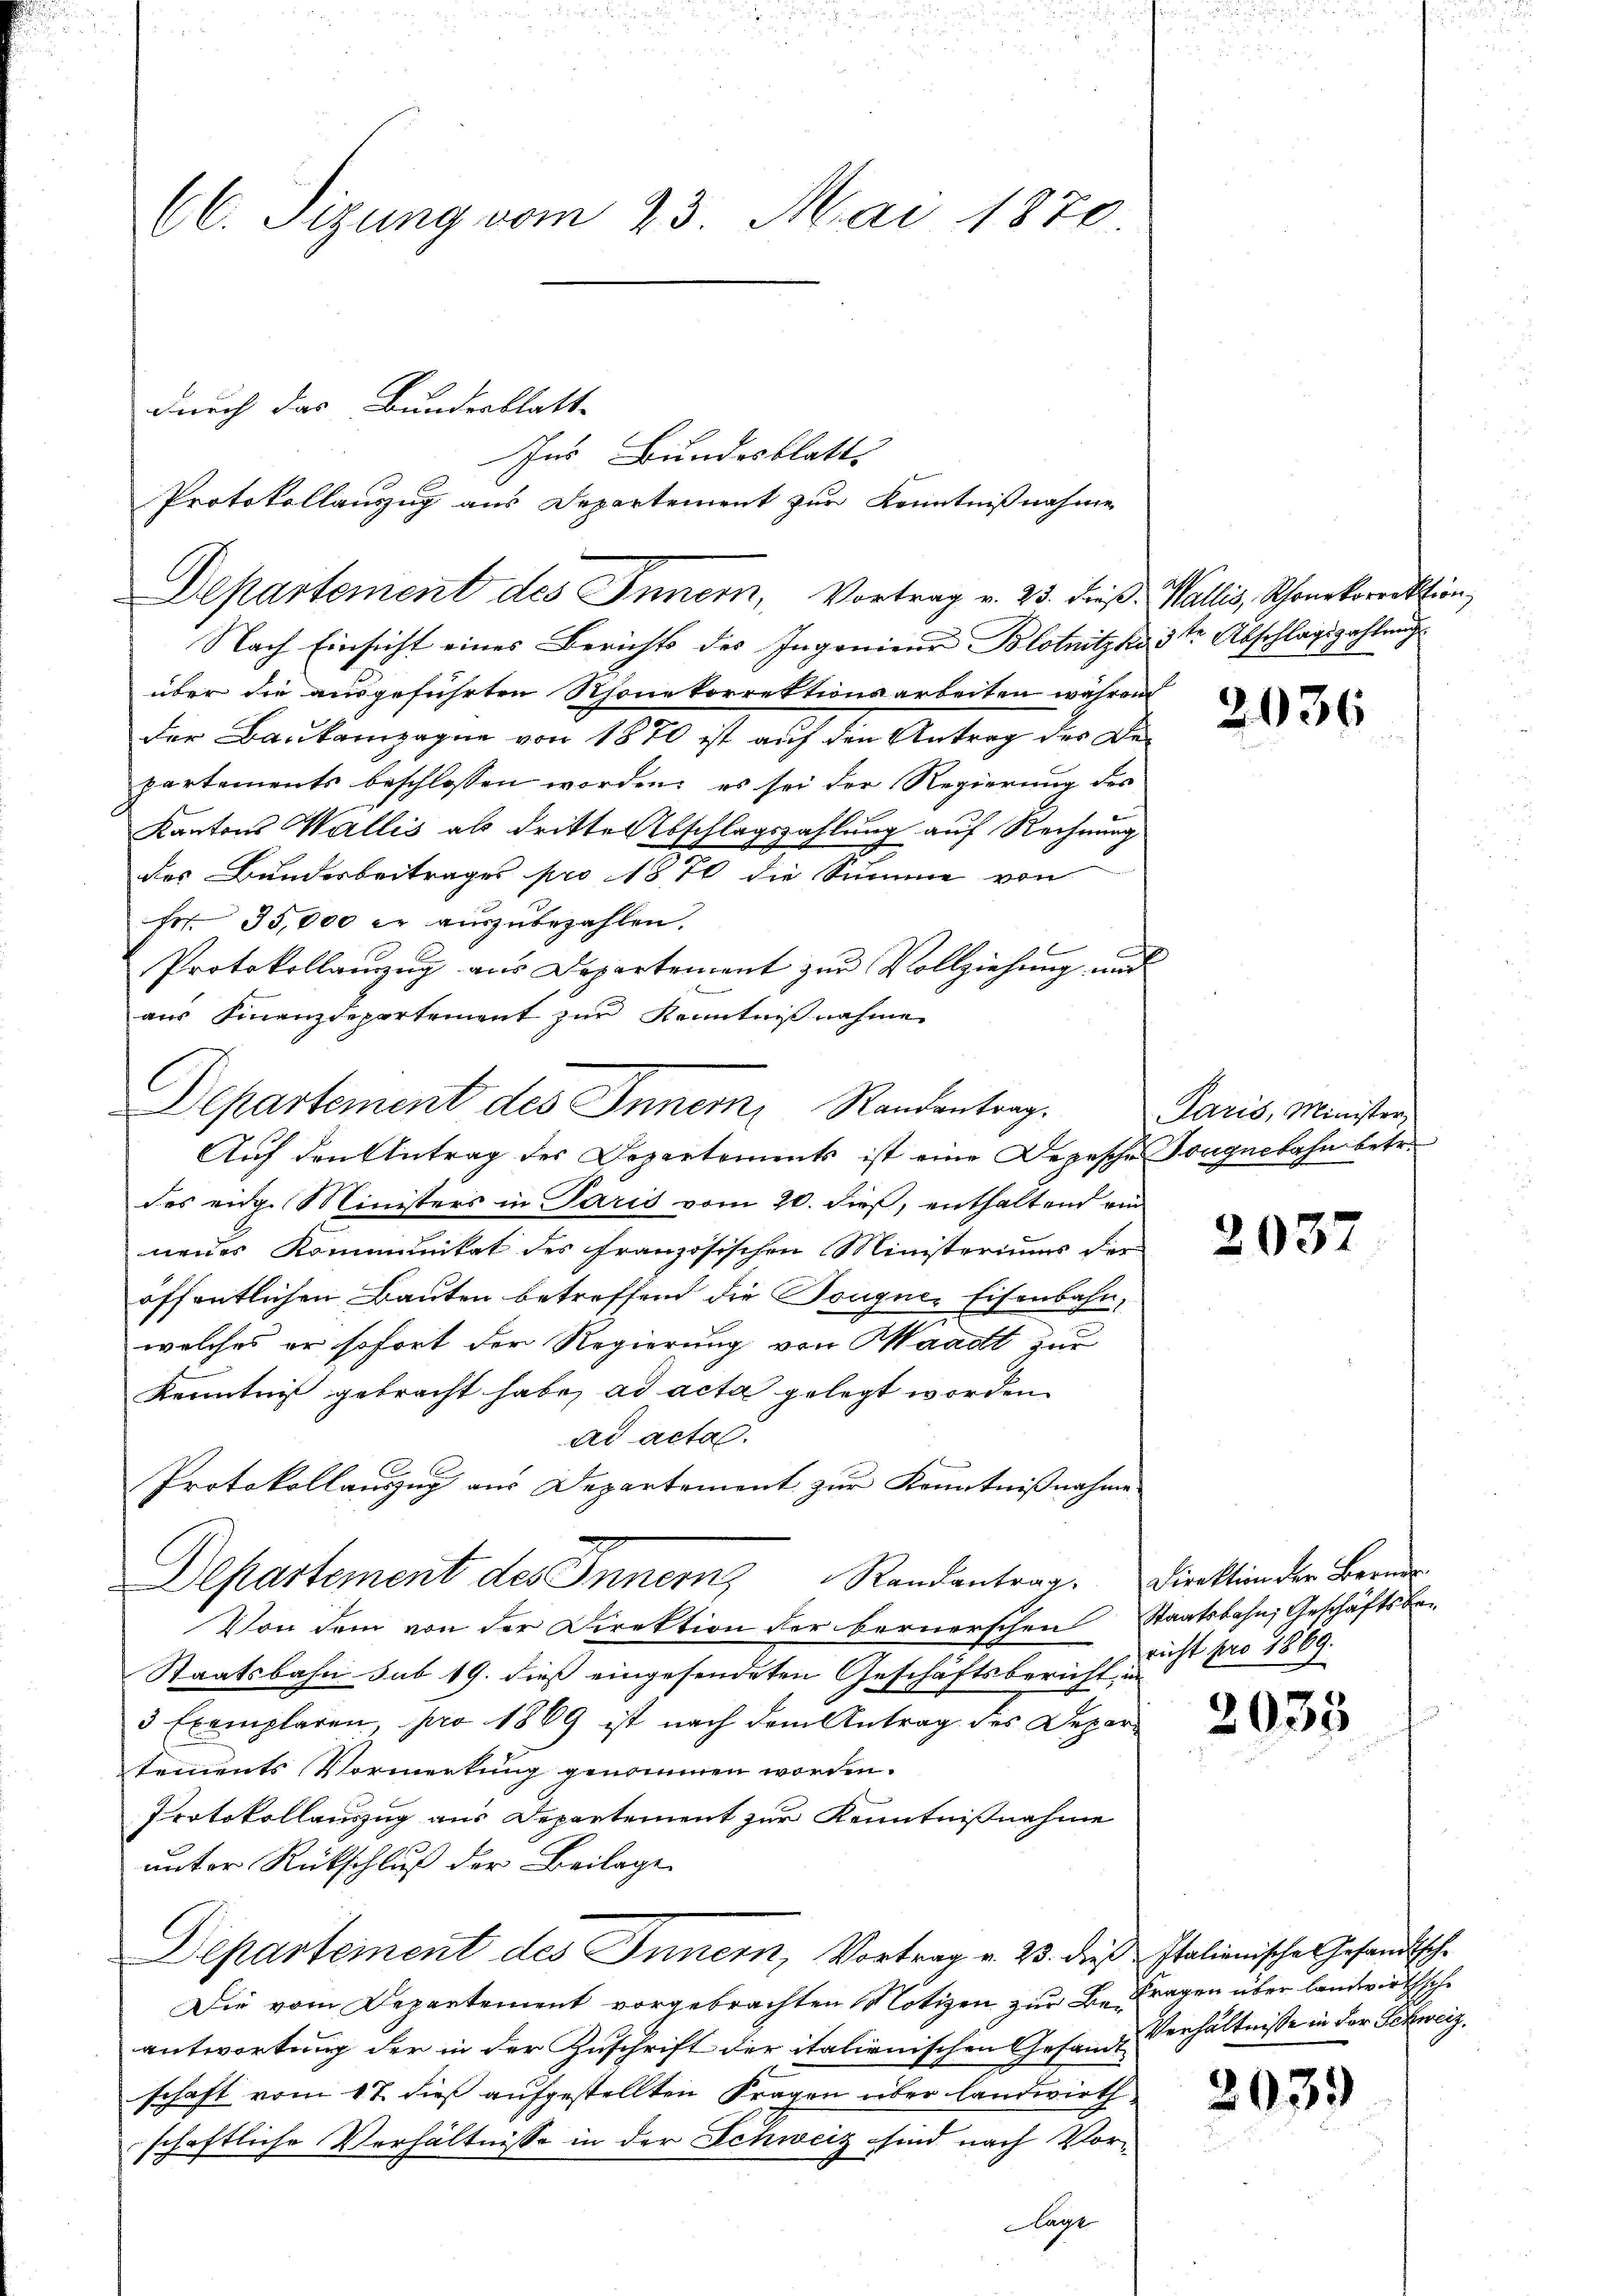
(C. Sizung vom 23. Mai 1870

durch das Bundesblatt-
Departement des Innern, Vortrag v. 25. dieβ. Wallis, Schonekorrektion,

Nach Einsicht eines Berichts des Ingenieur Blotnitzko 3te Abschlagszahlungs
über die ausgeführten Schöne korrektionsarbeiten wahren
der Baukampagne von 1870 ist auf den Antrag des De-
partements beschlossen worden; es sei der Regierung des
Kantons Wallis als dritte Abschlagszahlung auf Rechnung
des Bundesbeitrages pro 1870 die Summe von
Fr. 35,000 er auszubezahlen.
Protokollanzzug aus Departement zur Vollziehung und
aus Finanzdepartement zur Kenntnißnahme
Auf den Antrag des Departements ist eine Depesche Tongnebahn betr.
des eidg. Ministers in Paris vom 20. dieß, enthaltend ein
nenes Kommunikat des französischen Ministeriums der
öffentlichen Bauten betreffend die Dougne-Eisenbahn,
welches er sofort der Regierung von Waadt zu
Kenntniß gebracht habe, ad acta gelegt worden.
ad acta.
Protokollauszug aus Departement zur Kenntnißnahme
Departement des Innern, Randantrag. Direktion der Bern
Von dem von der Direktion der bernerschen Staatsbahn, Geschäftsbe¬
Staatsbahn sub 19. dieß eingesendeten Geschäftsbericht, in
3 Exemplaren, pro 1869 ist nach dem Antrag des Depar-
tements Vormerkung genommen worden.
Protokollauszug aus Departement zur Kenntnißnahme
unter Rückschluß der Beilage
Departement des Innern, Vortrag v. 23. dieß Italienische Gesandtsch-
Die vom Departement vorgebrachten Notizen zur Be Fragen über landwirthsche
antwortung der in der Zuschrift der italienischen Gesandte Verhältnisse in der Schweiz,
schaft vom 17. dieß aufgestellten Fragen über landwirth
schaftliche Verhältnisse in der Schweiz sind nach Vorlagt

Ins Bundesblatt.
Protokollauszug aus Departement zur Kenntnißnahme

Departement des Inner, Randantrag.

2036

Paris, Minister

2037

richt pro 1869.

2035

2035